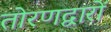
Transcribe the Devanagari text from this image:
तोरणद्वारों